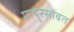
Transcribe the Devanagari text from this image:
माथुरसोबत